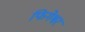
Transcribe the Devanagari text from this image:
फिगेश्वर